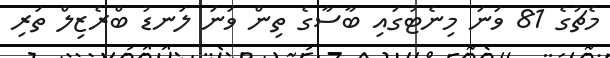
މެޗުގެ 81 ވަނަ މިނެޓުގައި ބާސާގެ ތިން ވަނަ ލަނޑު ބްރެޒިލް ތަރި